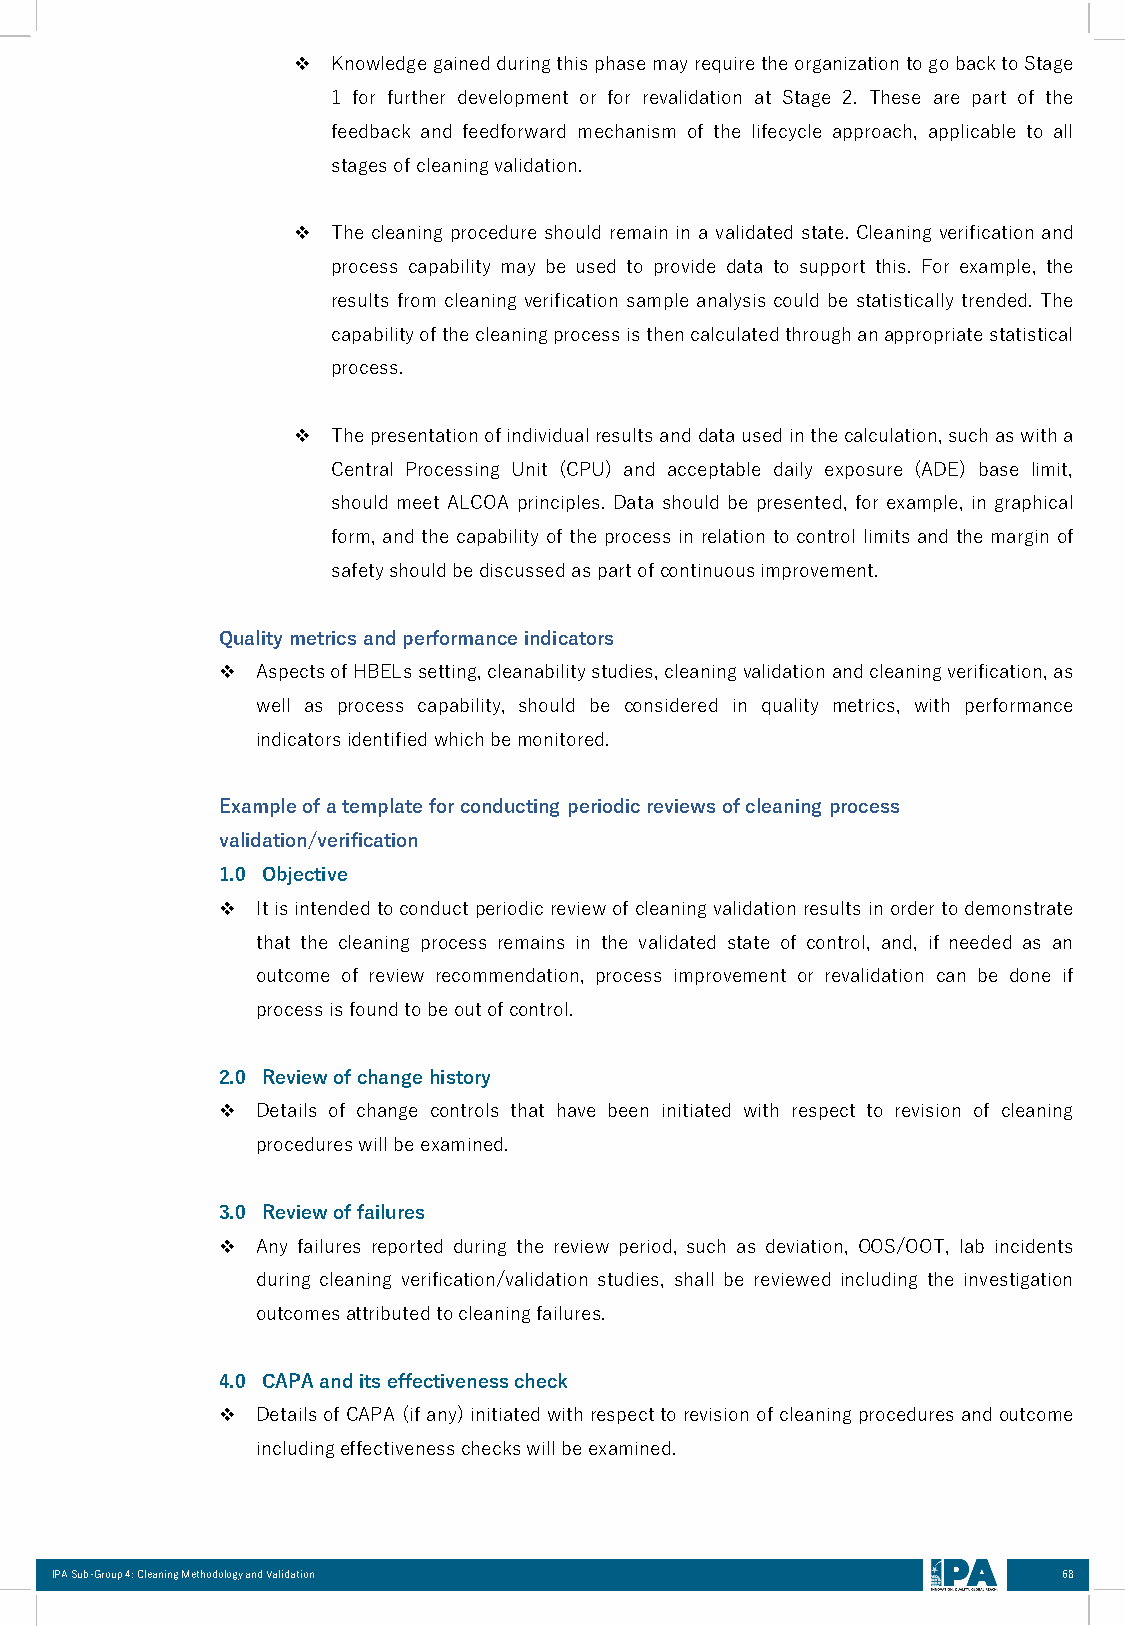
❖  KnowledgegainedduringthisphasemayrequiretheorganizationtogobacktoStage
 1 for further development or for revalidation at Stage 2. These are part of the
 feedback and feedforward mechanism of the lifecycle approach, applicable to all
 stagesofcleaningvalidation.
 ❖  The cleaning procedure should remain in a validated state. Cleaning verification and
 process capability may be used to provide data to support this. For example, the
 results from cleaning verification sample analysis could be statistically trended. The
 capabilityofthecleaningprocessisthencalculatedthroughanappropriatestatistical
 process.
 ❖  Thepresentationofindividualresultsanddatausedinthecalculation,suchaswitha
 Central Processing Unit (CPU) and acceptable daily exposure (ADE) base limit,
 should meet ALCOA principles. Data should be presented, for example, in graphical
 form, and the capability of the process in relation to control limits and the margin of
 safetyshouldbediscussedaspartofcontinuousimprovement.
 Qualitymetricsandperformanceindicators
 ❖  AspectsofHBELssetting,cleanabilitystudies,cleaningvalidationandcleaningverification,as
 well as process capability, should be considered in quality metrics, with performance
 indicatorsidentifiedwhichbemonitored.
 Example of a template for conducting periodic reviews of cleaning process
 validation/verification
 1.0 Objective
 ❖  Itisintendedtoconductperiodicreviewofcleaningvalidationresultsinordertodemonstrate
 that the cleaning process remains in the validated state of control, and, if needed as an
 outcome of review recommendation, process improvement or revalidation can be done if
 processisfoundtobeoutofcontrol.
 2.0 Reviewofchangehistory
 ❖  Details of change controls that have been initiated with respect to revision of cleaning
 procedureswillbeexamined.
 3.0 Reviewoffailures
 ❖  Any failures reported during the review period, such as deviation, OOS/OOT, lab incidents
 during cleaning verification/validation studies, shall be reviewed including the investigation
 outcomesattributedtocleaningfailures.
 4.0 CAPAanditseffectivenesscheck
 ❖  DetailsofCAPA (ifany)initiatedwithrespecttorevisionofcleaningproceduresandoutcome
 includingeffectivenesscheckswillbeexamined.
 IPA Sub-Group 4: Cleaning Methodology and Validation               68